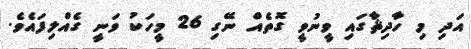
އަދި މި ހާދިޘާގައި ވީނުވީ ގޮތެއް ނޭގި 26 މީހަކު ވަނީ ގެއްލިފައެވެ.